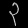
Digit: ၃